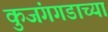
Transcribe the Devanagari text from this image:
कुजंगगडाच्या